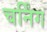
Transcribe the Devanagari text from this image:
चर्निंग